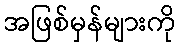
အဖြစ်မှန်များကို